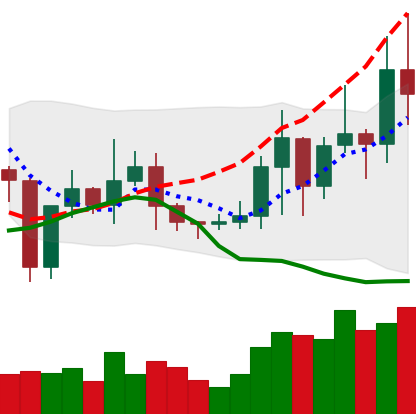
Ticker: TRX-USD
Chart end date: 2021-01-10
Forward return: -9.549%
Label: down_7plus